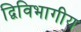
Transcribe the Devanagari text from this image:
द्विविभागीय